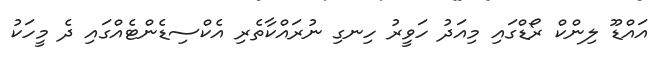
އައްޑޫ ލިންކް ރޯޑްގައި މިއަދު ހަވީރު ހިނގި ނުރައްކާތެރި އެކްސިޑެންޓެއްގައި ދެ މީހަކު